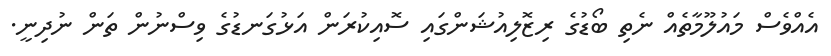
އެއްވެސް މައުލޫމާތެއް ނެތި ބޯޑުގެ ރިޒޮލިއުޝަންގައި ސޮއިކުރަން އަޅުގަނޑުގެ ވިސްނުން ތަން ނުދިނީ.